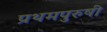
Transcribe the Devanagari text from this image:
प्रथमपुरुषी